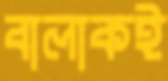
বালাকই